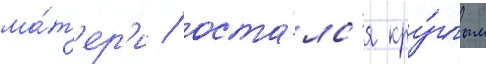
ма́т'ер'и / оста́лс'я кру́глым